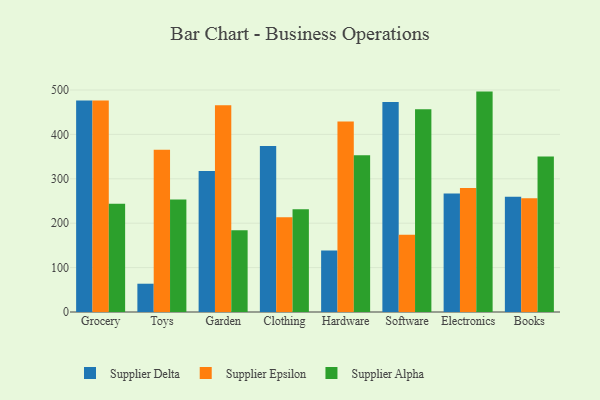
{"axis": {"x": "Category", "y": "Waste Production (Tons)"}, "legend": ["Supplier Alpha", "Supplier Delta", "Supplier Epsilon"], "data": [{"x": "Grocery", "y": 476.5, "type": "Supplier Delta"}, {"x": "Grocery", "y": 476.3, "type": "Supplier Epsilon"}, {"x": "Grocery", "y": 243.6, "type": "Supplier Alpha"}, {"x": "Toys", "y": 63.7, "type": "Supplier Delta"}, {"x": "Toys", "y": 365.5, "type": "Supplier Epsilon"}, {"x": "Toys", "y": 253.3, "type": "Supplier Alpha"}, {"x": "Garden", "y": 317.5, "type": "Supplier Delta"}, {"x": "Garden", "y": 465.8, "type": "Supplier Epsilon"}, {"x": "Garden", "y": 184.1, "type": "Supplier Alpha"}, {"x": "Clothing", "y": 373.8, "type": "Supplier Delta"}, {"x": "Clothing", "y": 213.6, "type": "Supplier Epsilon"}, {"x": "Clothing", "y": 231.2, "type": "Supplier Alpha"}, {"x": "Hardware", "y": 138.5, "type": "Supplier Delta"}, {"x": "Hardware", "y": 429.1, "type": "Supplier Epsilon"}, {"x": "Hardware", "y": 352.8, "type": "Supplier Alpha"}, {"x": "Software", "y": 472.7, "type": "Supplier Delta"}, {"x": "Software", "y": 173.9, "type": "Supplier Epsilon"}, {"x": "Software", "y": 456.9, "type": "Supplier Alpha"}, {"x": "Electronics", "y": 266.8, "type": "Supplier Delta"}, {"x": "Electronics", "y": 279.0, "type": "Supplier Epsilon"}, {"x": "Electronics", "y": 496.4, "type": "Supplier Alpha"}, {"x": "Books", "y": 259.4, "type": "Supplier Delta"}, {"x": "Books", "y": 256.4, "type": "Supplier Epsilon"}, {"x": "Books", "y": 350.5, "type": "Supplier Alpha"}]}